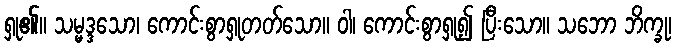
ရှု၏။ သမ္မဒ္ဒသော၊ ကောင်းစွာရှုတတ်သော။ ဝါ၊ ကောင်းစွာရှု၍ ပြီးသော။ သဘော ဘိက္ခု၊